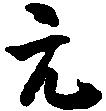
元